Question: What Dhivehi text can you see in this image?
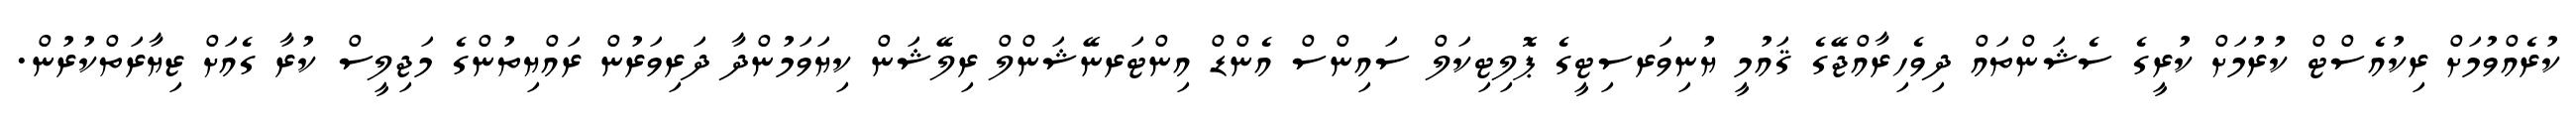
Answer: ކުރެއްވުމަށް ރިކުއެސްޓް ކުރުމަށް ކުރީގެ ސެޝަންތައް ދިވެހިރާއްޖޭގެ ޤައުމީ ޔުނިވަރސިޓީގެ ޕޮލިޓިކަލް ސައިންސް އެންޑް އިންޓަރނޭޝަންލް ރިލޭޝަން ކިޔަވަމުންދާ ދަރިވަރުން ރައްޔިތުންގެ މަޖިލީސް ކުރާ ގެއަށް ޒިޔާރަތްކުރުން.